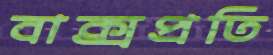
বাক্সপ্রতি